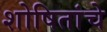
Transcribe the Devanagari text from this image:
शोषितांचे